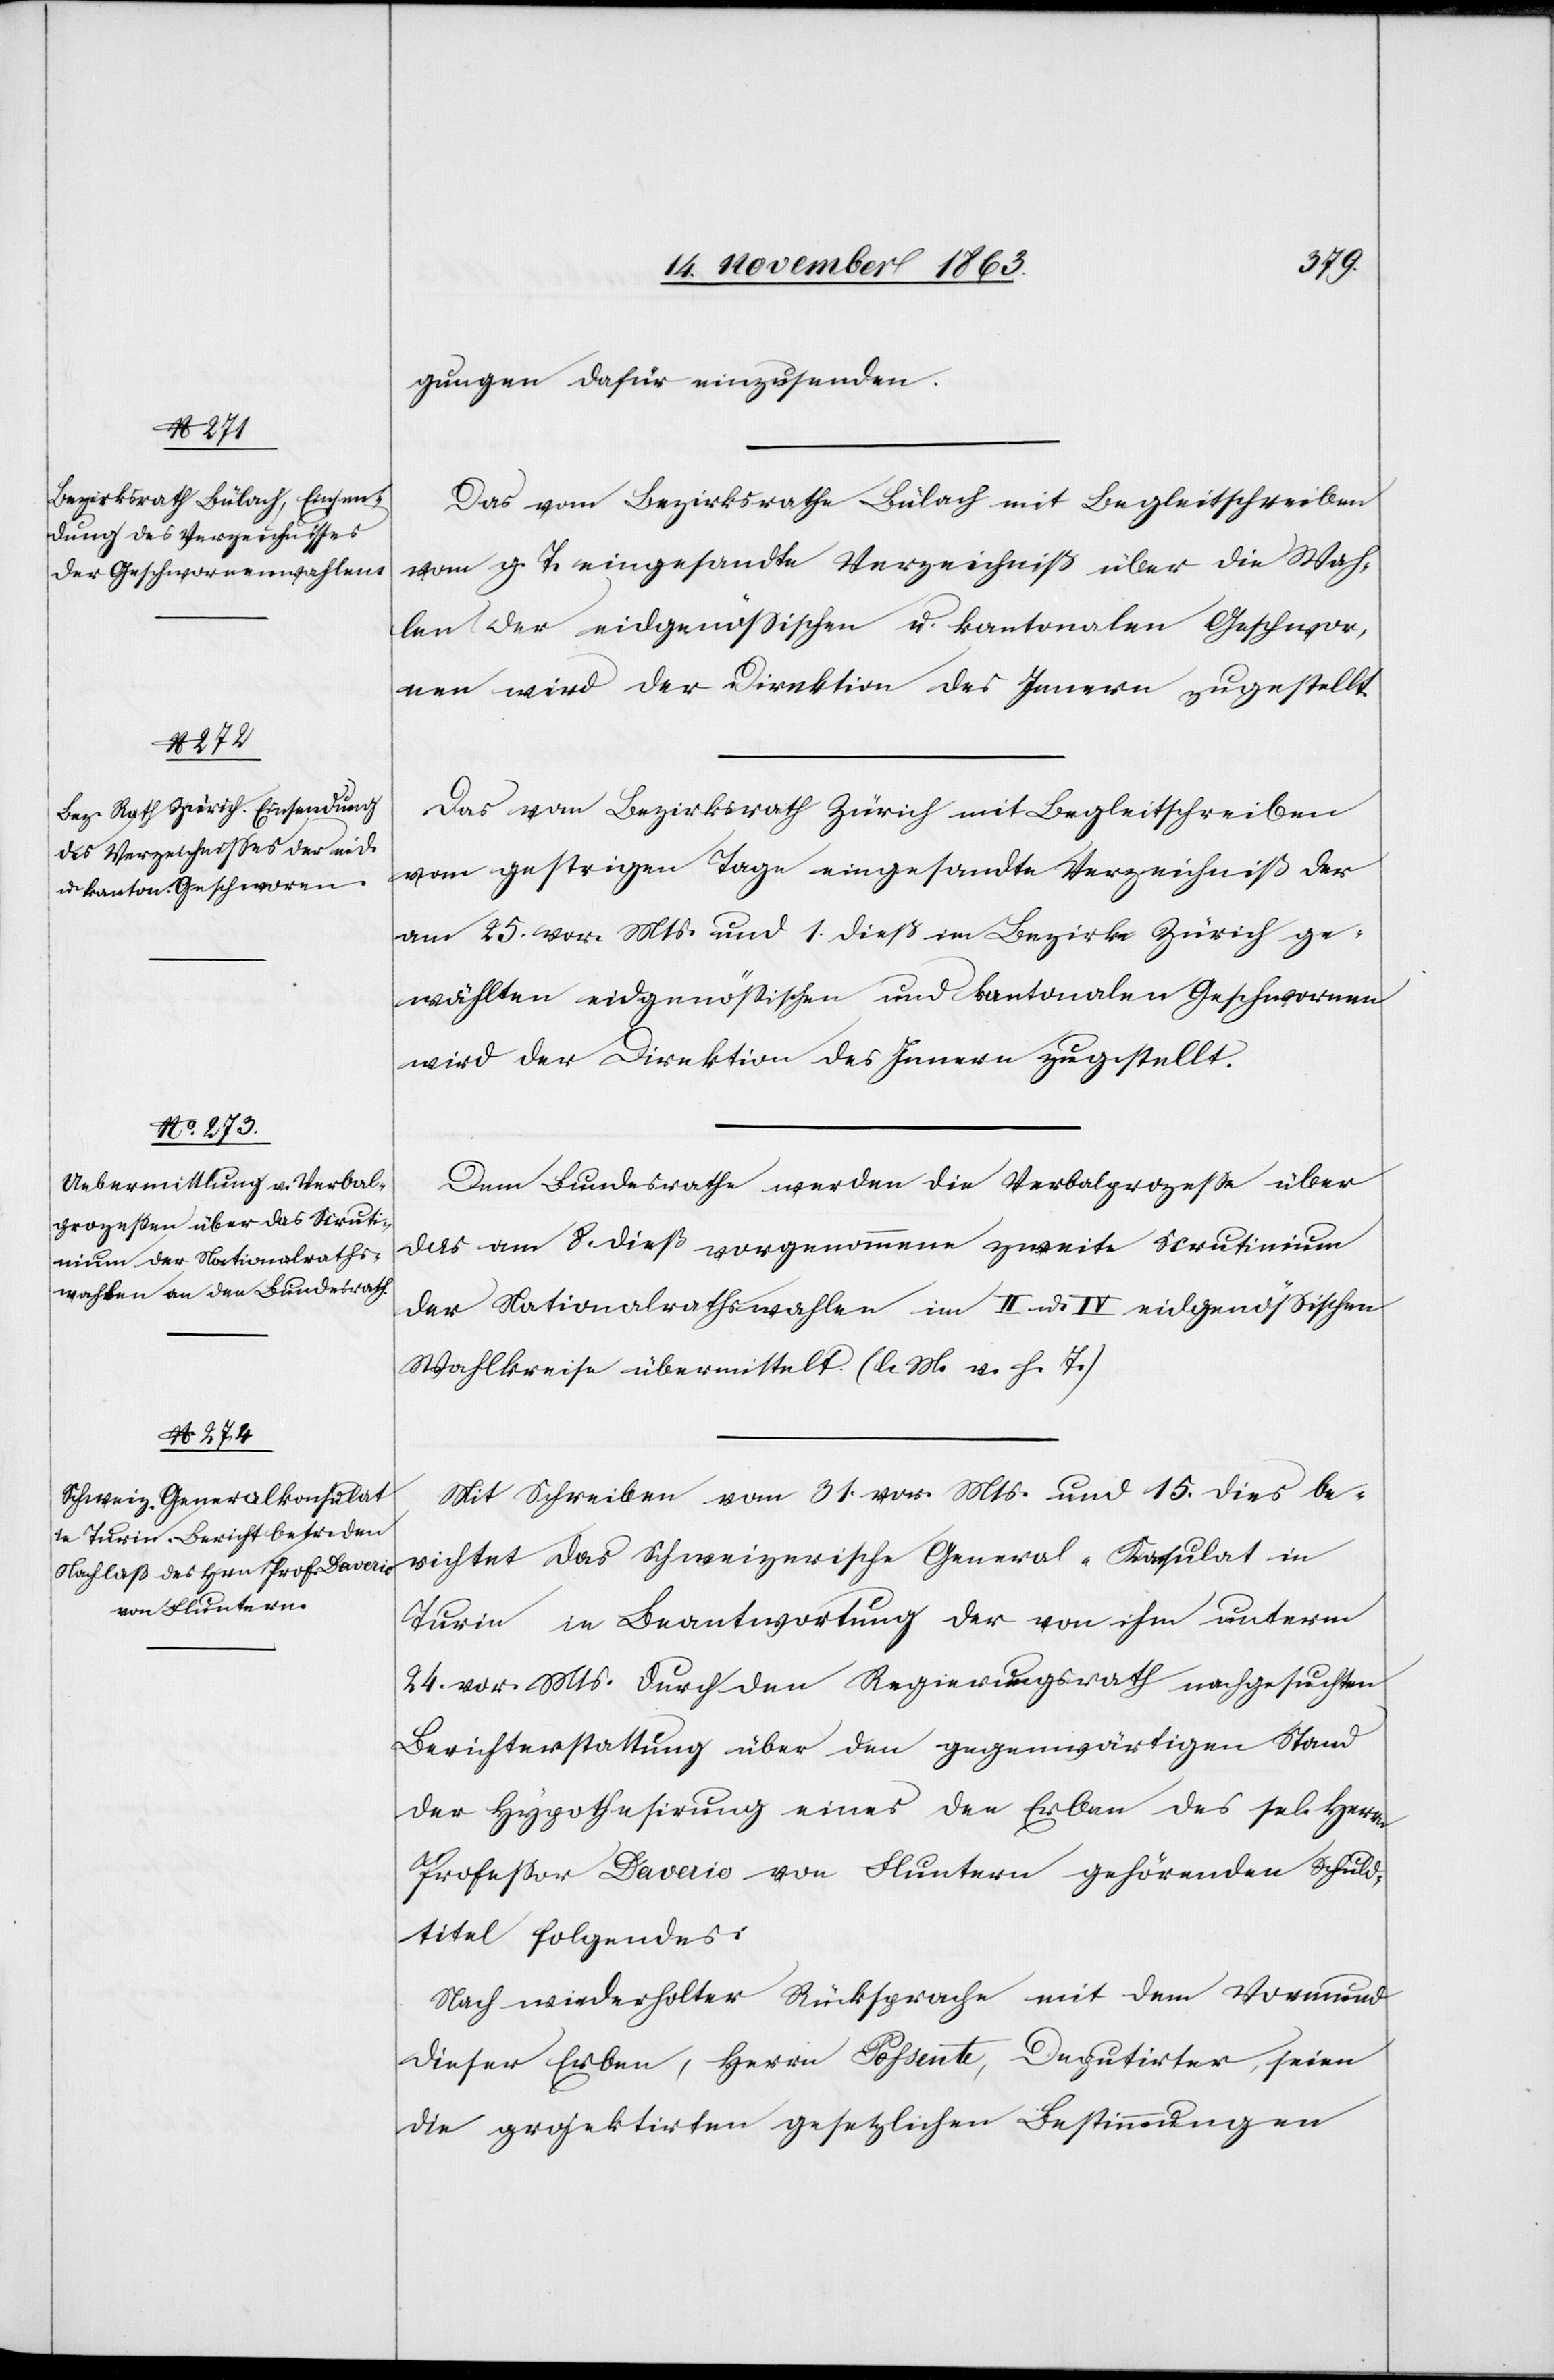
20. Novemb. 1863.]
gungen dafür einzusenden.
Das vom Bezirksrathe Bülach mit Begleitschreiben
vom g. T. eingesandte Verzeichniß über die Wah¬
len der eidgenössischen u. kantonalen Geschwor¬
nen wird der Direktion des Innern zugestellt.
Das vom Bezirksrath Zürich mit Begleitschreiben
vom gestrigen Tage eingesandte Verzeichniß der
am 25. vor. Mts. und 1. dieß im Bezirke Zürich ge¬
wählten eidgenössischen und kantonalen Geschwornen
wird der Direktion des Innern zugestellt.
Dem Bundesrathe werden die Verbalprozesse über
das am 8. dieß vorgenommene zweite Scrutinium
der Nationalrathswahlen im II u. IV eidgenössischen
Wahlkreise übermittelt. (l. M. v. h. T.)
Mit Schreiben vom 31. vor. Mts. und 15. dies be¬
richtet das Schweizerische General-Konsulat in
Turin in Beantwortung der von ihm unterm
24. vor. Mts. durch den Regierungsrath nachgesuchten
Berichterstattung über den gegenwärtigen Stand
der Hypothesirung eines den Erben des sel. Herrn
Professor Daverio von Fluntern gehörenden Schuld¬
titel folgendes:
Nach wiederholter Rücksprache mit dem Vormund
dieser Erben, Herrn Possente, Deputirter, seien
die projektirten gesetzlichen Bestimmungen